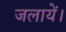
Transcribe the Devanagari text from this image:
जलायें।